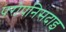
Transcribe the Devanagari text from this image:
परोपनिसदाइ